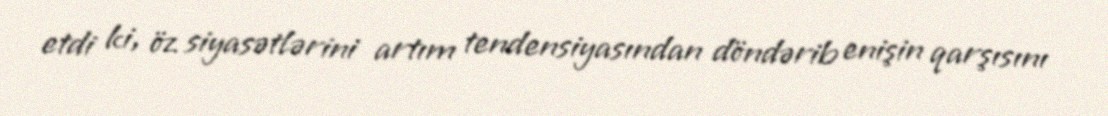
etdi ki, öz siyasətlərini artım tendensiyasından döndərib enişin qarşısını